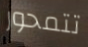
تتمحور